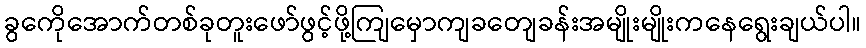
ခွကေိုအောက်တစ်ခုတူးဖော်ဖွင့်ဖို့ကျြမှောကျခတျေခန်းအမျိုးမျိုးကနေရွေးချယ်ပါ။